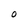
Character: 0